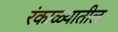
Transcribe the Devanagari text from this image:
रंकाळ्यातील